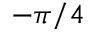
- \pi / 4